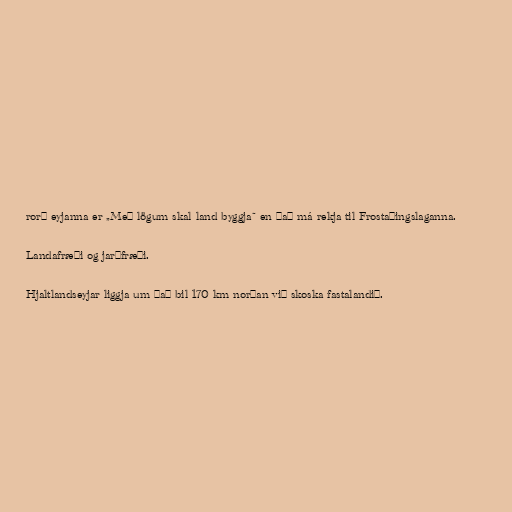
rorð eyjanna er „Með lögum skal land byggja“ en það má rekja til Frostaþingslaganna.

Landafræði og jarðfræði.

Hjaltlandseyjar liggja um það bil 170 km norðan við skoska fastalandið.